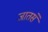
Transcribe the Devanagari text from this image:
जातसे